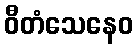
ဝီတံသေနေဝ